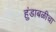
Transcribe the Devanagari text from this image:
हुंडाबळीचा